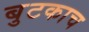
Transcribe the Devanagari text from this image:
बुटकाच